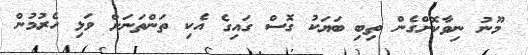
މޫނު ނިވާކޮށްގެން ތިބި ބަޔަކު ގޮސް ގައިގެ އެކި ތަންތަނަށް ވަޅި ހެރުމުން